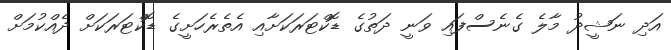
އަދި ނަޝީދު މާލެ ގެނެސްފައި ވަނީ ދަތުގެ ޑޮކްޓަރަކަށާއި އެތެރެހަށީގެ ޑޮކްޓަރަކަށް ދެއްކުމަށް